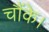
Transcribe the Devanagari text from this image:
चौंके।